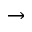
\rightarrow